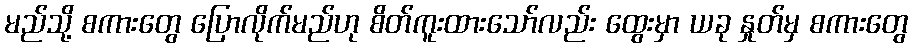
မည်သို့ စကားတွေ ပြောလိုက်မည်ဟု စိတ်ကူးထားသော်လည်း ထွေးမှာ ယခု နှုတ်မှ စကားတွေ